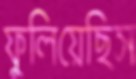
ফুলিয়েছিস